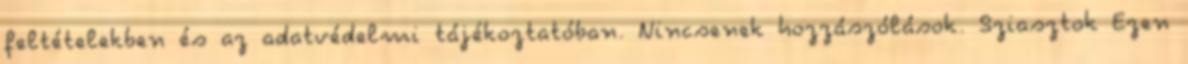
feltételekben és az adatvédelmi tájékoztatóban. Nincsenek hozzászólások. Sziasztok Ezen